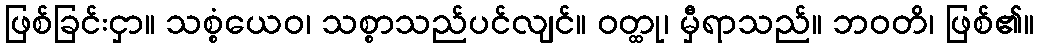
ဖြစ်ခြင်းငှာ။ သစ္စံယေဝ၊ သစ္စာသည်ပင်လျင်။ ဝတ္ထု၊ မှီရာသည်။ ဘဝတိ၊ ဖြစ်၏။